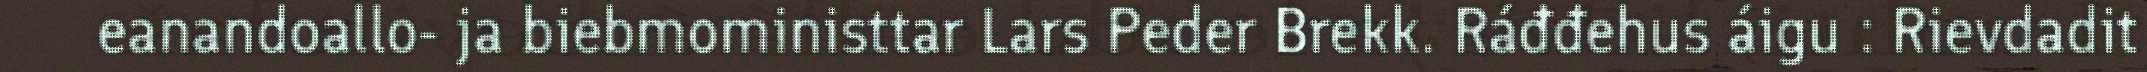
eanandoallo- ja biebmoministtar Lars Peder Brekk. Ráđđehus áigu : Rievdadit